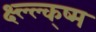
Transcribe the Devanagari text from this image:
क्ष्ल्ल्क्ष्म